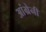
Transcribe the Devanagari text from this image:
आंग्रेनी